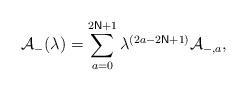
LaTeX: \begin{align*}\mathcal{A}_{-}(\lambda )=\sum_{a=0}^{2\mathsf{N}+1}\lambda ^{\left( 2a-2\mathsf{N}+1\right) }\mathcal{A}_{-,a},\end{align*}